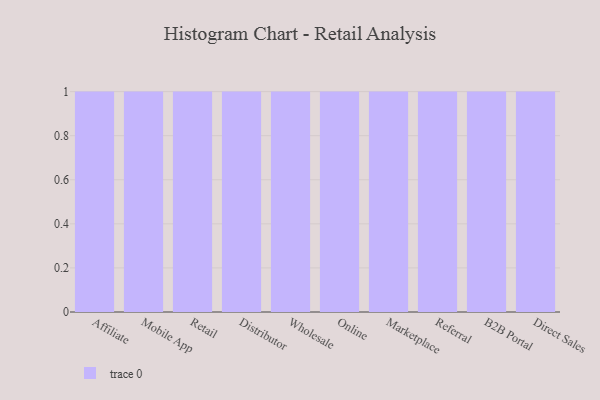
{"axis": {"x": "Channel", "y": "Bounce Rate (%)"}, "legend": [""], "data": [{"x": "Affiliate", "y": 25, "type": ""}, {"x": "Mobile App", "y": 38, "type": ""}, {"x": "Retail", "y": 74, "type": ""}, {"x": "Distributor", "y": 28, "type": ""}, {"x": "Wholesale", "y": 48, "type": ""}, {"x": "Online", "y": 76, "type": ""}, {"x": "Marketplace", "y": 73, "type": ""}, {"x": "Referral", "y": 6, "type": ""}, {"x": "B2B Portal", "y": 2, "type": ""}, {"x": "Direct Sales", "y": 78, "type": ""}]}